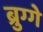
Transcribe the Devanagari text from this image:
ब्रुग्गे